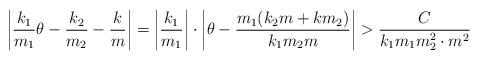
LaTeX: \begin{align*} \left|\frac{k_1}{m_1}\theta-\frac{k_2}{m_2}-\frac{k}m\right| =\left|\frac{k_1}{m_1}\right|\cdot\left|\theta-\frac{m_1(k_2m+km_2)}{k_1m_2m}\right| >\frac{C}{k_1m_1m_2^2\cdot m^2}\end{align*}